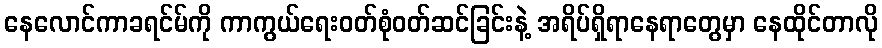
နေလောင်ကာခရင်မ်ကို ကာကွယ်ရေးဝတ်စုံဝတ်ဆင်ခြင်းနဲ့ အရိပ်ရှိရာနေရာတွေမှာ နေထိုင်တာလို